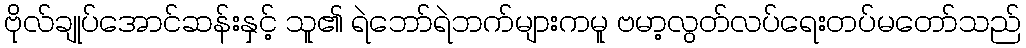
ဗိုလ်ချုပ်အောင်ဆန်းနှင့် သူ၏ ရဲဘော်ရဲဘက်များကမူ ဗမာ့လွတ်လပ်ရေးတပ်မတော်သည်